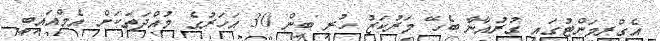
އެގްރިމަންޓުގައި ގުރުއާނާ ބެހޭ މަރުކަޒު ހުރި ބިން 30 އަހަރުގެ މުއްދަތަކަށް އެމްއައިބީ